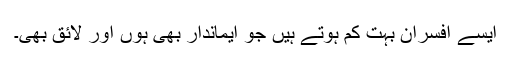
ایسے افسران بہت کم ہوتے ہیں جو ایماندار بھی ہوں اور لائق بھی۔